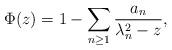
LaTeX: \begin{align*}\Phi(z) = 1 - \sum_{n\ge 1} \frac{a_n}{\lambda_n^2-z} , \end{align*}